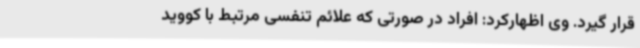
قرار گیرد. وی اظهارکرد: افراد در صورتی که علائم تنفسی مرتبط با کووید